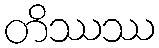
တိဿဿ